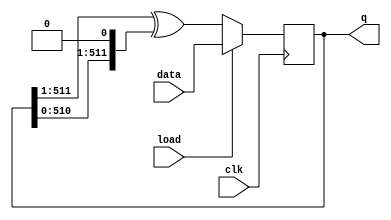
module top_module(
    input                clk,
    input                load,
    input        [511:0] data,
    output  reg  [511:0] q 
    );

    always@(posedge clk)begin
	q <= load ? data : {1'b0, q[511:1]} ^ {q[510:0], 1'b0};
    end

endmodule